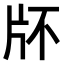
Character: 𤖯